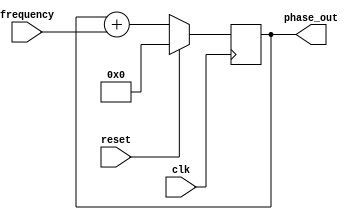
//
//  This program is free software; you can redistribute it and/or modify
//  it under the terms of the GNU General Public License as published by
//  the Free Software Foundation; either version 2 of the License, or
//  (at your option) any later version.
//
//  This program is distributed in the hope that it will be useful,
//  but WITHOUT ANY WARRANTY; without even the implied warranty of
//  MERCHANTABILITY or FITNESS FOR A PARTICULAR PURPOSE.  See the
//  GNU General Public License for more details.
//
//  You should have received a copy of the GNU General Public License
//  along with this program; if not, write to the Free Software
//  Foundation, Inc., 59 Temple Place, Suite 330, Boston, MA  02111-1307  USA
//
// Major portions ripped-off from USRP FPGA verilog code Copyright (C) 2003 Matt Ettus
//
// HPSDR Phase Accumulator
// P. Covington N8VB
// Phase Accumulator
//
// Inputs:
// clk - clock 
// reset - reset bit, resets the phase accumulator to 0;
// frequency - tuning word/dword, size based on RESOLUTION parameter, default = 32
//
// Outputs:
// phase_out - phase accumulator current value, size based on RESOLUTION parameter, default = 32
//
module phase_accumulator(clk,reset,frequency,phase_out);
	parameter RESOLUTION = 32;
	
	input	clk;
	input	reset;
	input	[RESOLUTION-1:0] frequency;
	
	output reg [RESOLUTION-1:0] phase_out;
	
	always @(posedge clk)
		if(reset)
			phase_out <= #1 32'b0; // reset the phase accumulator to 0
		else
			phase_out <= #1 phase_out + frequency; // add frequency increment to phase accumulator			
endmodule